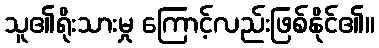
သူ၏ရိုးသားမှု ကြောင့်လည်းဖြစ်နိုင်၏။